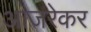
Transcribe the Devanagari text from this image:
आजरेकर